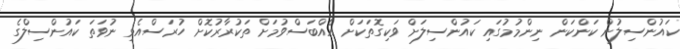
ކައުންސިލުން ކަންކަން ނިންމުމުގައި ކައުންސިލަށް ވަކިގޮތަކަށް އެއްބަސްވުމަށް ތަކުރާރުކޮށް ހުރަސްއެޅި ނުވަތަ ކައުންސިލްގެ